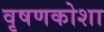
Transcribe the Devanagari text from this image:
वृषणकोशा